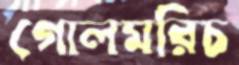
গোলমরিচ